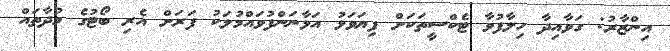
އިންޒާރު: ގަވާއިދާ ހިލާފުވާ ޓެކްސީތަކަށް ފިޔަވަޅު އަޅާނަންފުވައްމުލަކު ފަރަށް އެރި ބޯޓުގެ މުދާތައް